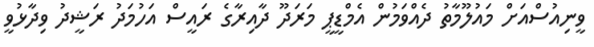
ވީނިއުސްއަށް މައުލޫމާތު ދެއްވަމުން އެމްޑީޕީ މަރަދޫ ދާއިރާގެ ރައީސް އަހުމަދު ރަޝީދު ވިދާޅުވީ